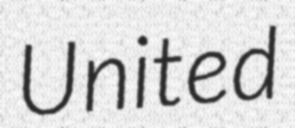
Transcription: United